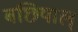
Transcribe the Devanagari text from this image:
बछियाल्